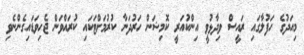
މިއަދުގެ ހަފުލާގައި ރައީސް ވިދާޅުވީ އިންކުއަރީ ކޮމިޝަން ހަރުދަނާ ކުރުމަށްޓަކައި ކުރައްވަން ޖެހިވަޑައިގެންނެވި